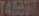
TALENT